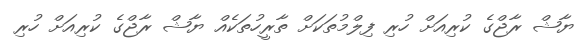
ޔާޝް ރާޖްގެ ކުރިއަށް ހުރި ފިލްމުތަކަށް ތާރީހުތަކެއް ޔާޝް ރާޖްގެ ކުރިއަށް ހުރި